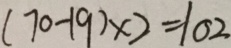
( 7 0 - 1 9 ) \times 2 = 1 0 2